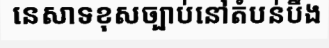
នេសាទខុសច្បាប់នៅតំបន់បឹង